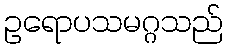
ဥရောပသမဂ္ဂသည်